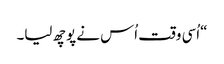
“اُسی وقت اُس نے پوچھ لیا۔